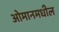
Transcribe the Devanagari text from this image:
ओमानमधील